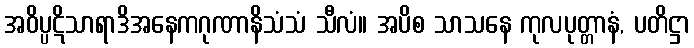
အဝိပ္ပဋိသာရာဒိအနေကဂုဏာနိသံသံ သီလံ။ အပိစ သာသနေ ကုလပုတ္တာနံ, ပတိဋ္ဌာ